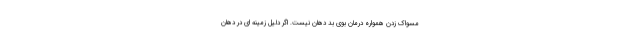
مسواک زدن همواره درمان بوی بد دهان نیست. اگر دلیل زمینه ای در دهان